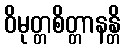
ဝိမုတ္တစိတ္တာနန္တိ